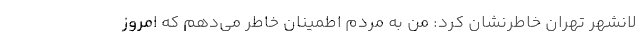
لانشهر تهران خاطرنشان کرد: من به مردم اطمینان خاطر می‌دهم که امروز